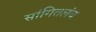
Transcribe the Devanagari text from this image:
सांगितलंय